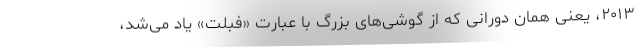
۲۰۱۳، یعنی همان دورانی که از گوشی‌های بزرگ با عبارت «فبلت» یاد می‌شد،